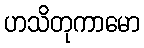
ဟသိတုကာမော